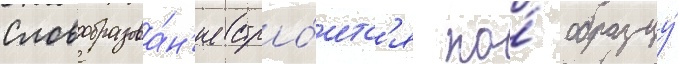
Словообразова́н'ие стро́итс'я по́ образцу́